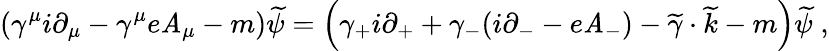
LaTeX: \left(\gamma^{\mu}i\partial_{\mu}-\gamma^{\mu}e\mathit{A}_{\mu}-m\right)\widetilde{{\psi}}=\left(\gamma_{+}i\partial_{+}+\gamma_{-}(i\partial_{-}-e\mathit{A}_{-})-\widetilde{{\gamma}}\cdot\widetilde{{k}}-m\right)\widetilde{{\psi}}\; ,